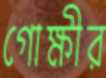
গোক্ষীর